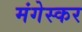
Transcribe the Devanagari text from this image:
मंगेस्कर